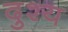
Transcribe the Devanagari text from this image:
दुश्‍य